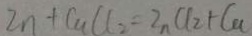
Z n + C a C l _ { 2 } = Z n C l _ { 2 } + C a